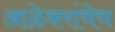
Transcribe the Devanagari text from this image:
आळेकरांचेच